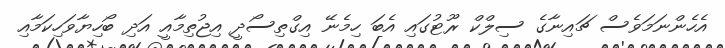
އެހެންނަމަވެސް ޗައިނާގެ ސިލްކް ރޫޓުގައި އެބަ ހިމެނޭ އިގްތިސޯދީ އިޖުތިމާއީ އަދި ބޯހިޔާވަހިކަމާއި